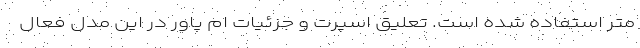
متر استفاده شده است. تعلیق اسپرت و جزئیات ام پاور در این مدل فعال